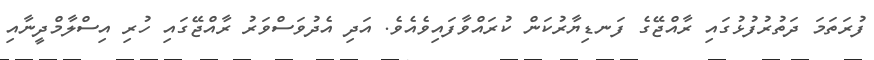
ފުރަތަމަ ދަތުރުފުޅުގައި ރާއްޖޭގެ ފަނޑިޔާރުކަން ކުރައްވާފައިވެއެވެ. އަދި އެދުވަސްވަރު ރާއްޖޭގައި ހުރި އިސްލާމްދީނާއި